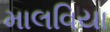
માલવિયા